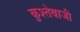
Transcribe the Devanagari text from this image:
कुश्तेबाजी